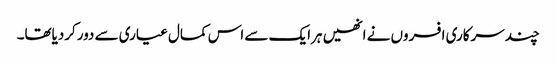
چندسرکاری افسروں نے انھیں ہرایک سے اس کمال عیاری سے دورکردیاتھا۔